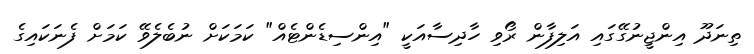
ތިނަދޫ އިންޖީނުގޭގައި އަލިފާން ރޯވި ހާދިސާއަކީ "އިންސިޑެންޓެއް" ކަމަކަށް ނުބެލެވޭ ކަމަށް ފެނަކައިގެ